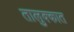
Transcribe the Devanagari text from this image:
तालुक्कात